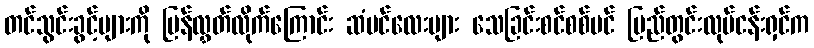
တင်သွင်းခွင့်များကို ပြန်လွှတ်လိုက်ကြောင်း ဆံပင်လေးများ သေခြင်းစင်စစ်ပင် ပြည်တွင်းလုပ်ငန်းရှင်က